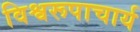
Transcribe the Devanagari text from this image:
विश्वरूपाचार्य